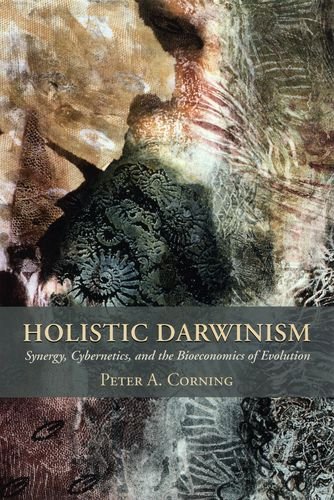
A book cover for Holistic Darwinism: Synergy, Cybernetics, and the Bioeconomics of Evolution; Peter Corning; Computers & Technology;